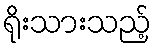
ရိုးသားသည့်